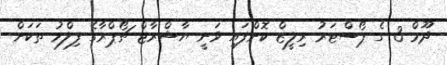
ދޫމް-3 ގެ ޕޯސްޓަރު ރިލީޒް ކޮށްފައި ވަނީ ޔާޝްރާޖް ޗޯޕްރާގެ ފިލްމު ތަކަށް